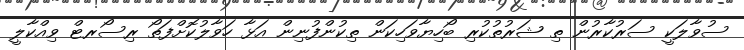
ސުވާލަކީ ސަރުކާރުން ތި ޝަރުތުކުރި ބޯހިޔާވަހިކަން ތިކުންފުނިން އަޅާ ހަވާލުކޮށްފަތޯ ރިސޯރޓް ވިއްކާލީ